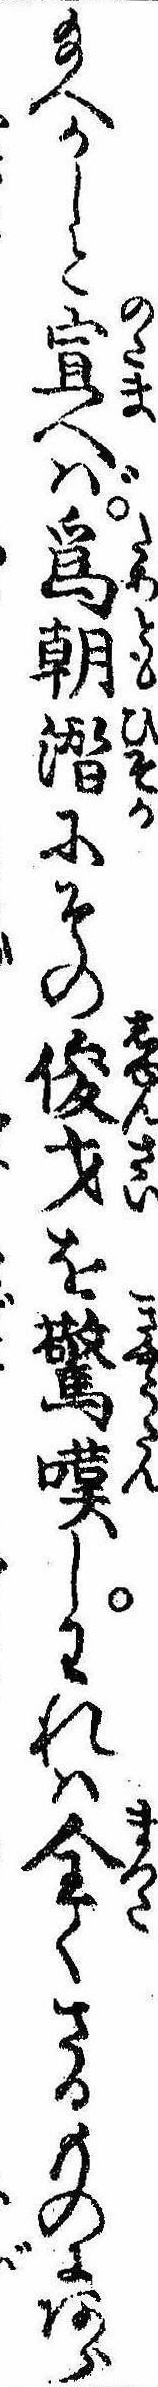
給へかしと宣へば為朝潜にその俊才を驚嘆しわれは全くさるものにあら